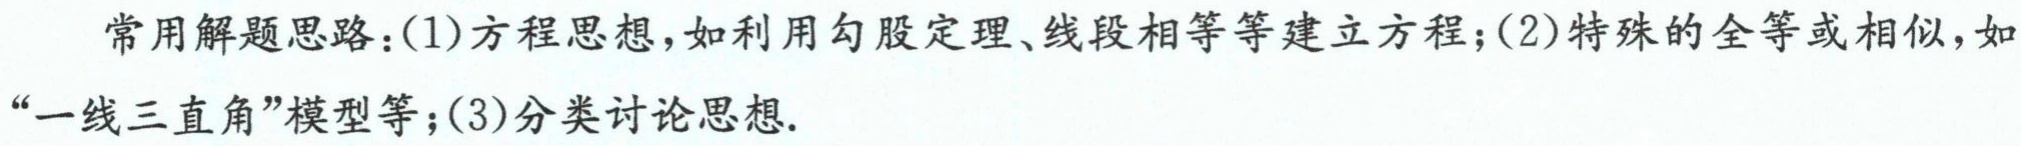
常用解题思路：(1)方程思想，如利用勾股定理、线段相等等建立方程；(2)特殊的全等或相似，如“一线三直角”模型等；(3)分类讨论思想.